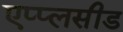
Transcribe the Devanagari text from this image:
एप्प्लसीड